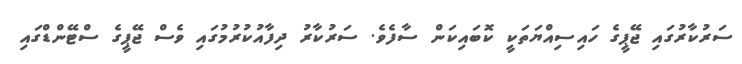
ސަރުކާރުގައި ޖޭޕީގެ ހައިސިއްޔަތަކީ ކޮބައިކަން ސާފެވެ. ސަރުކާރު ދިފާއުކުރުމުގައި ވެސް ޖޭޕީގެ ސްޓޭންޑްގައި